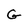
Character: G